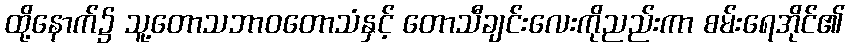
ထို့နောက်၌ သူ့တောသဘာဝတောသံနှင့် တောသီချင်းလေးကိုညည်းကာ စမ်းရေအိုင်၏